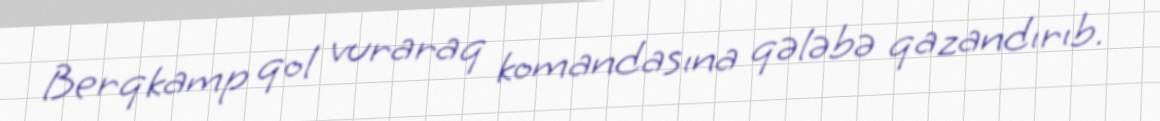
Berqkamp qol vuraraq komandasına qələbə qazandırıb.